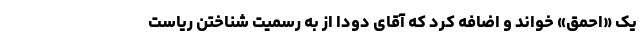
یک «احمق» خواند و اضافه کرد که آقای دودا از به رسمیت شناختن ریاست